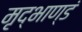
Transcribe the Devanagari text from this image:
मृद्भाण्डं